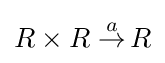
R\times R\;{\stackrel {a}{\to }}\,R